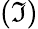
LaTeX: ({\mathfrak{I}})